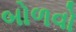
બોળવો